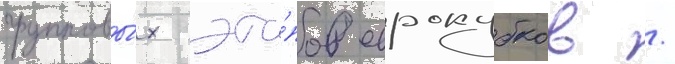
групповы́х эта́пов еврокубков /